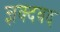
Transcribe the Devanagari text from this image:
ज्ञक्दवद